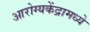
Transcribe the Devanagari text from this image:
आरोग्यकेंद्रामध्ये